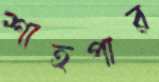
শাহপার